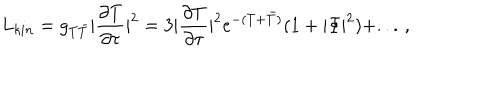
LaTeX: L _ { k i n } = g _ { T \bar { T } } | \frac { \partial T } { \partial \tau } | ^ { 2 } = 3 | \frac { \partial T } { \partial \tau } | ^ { 2 } e ^ { - ( T + \bar { T } ) } ( 1 + | \Phi | ^ { 2 } ) + . . . \, ,